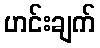
ဟင်းချက်